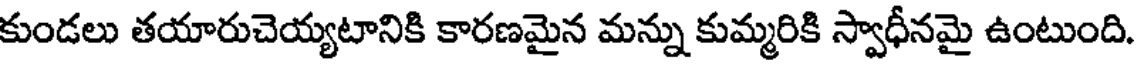
కుండలు తయారుచెయ్యటానికి కారణమైన మన్ను కుమ్మరికి స్వాధీనమై ఉంటుంది.